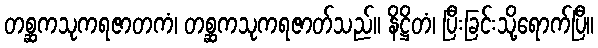
တစ္ဆကသုကရဇာတကံ၊ တစ္ဆကသုကရဇာတ်သည်။ နိဋ္ဌိတံ၊ ပြီးခြင်းသို့ရောက်ပြီ။